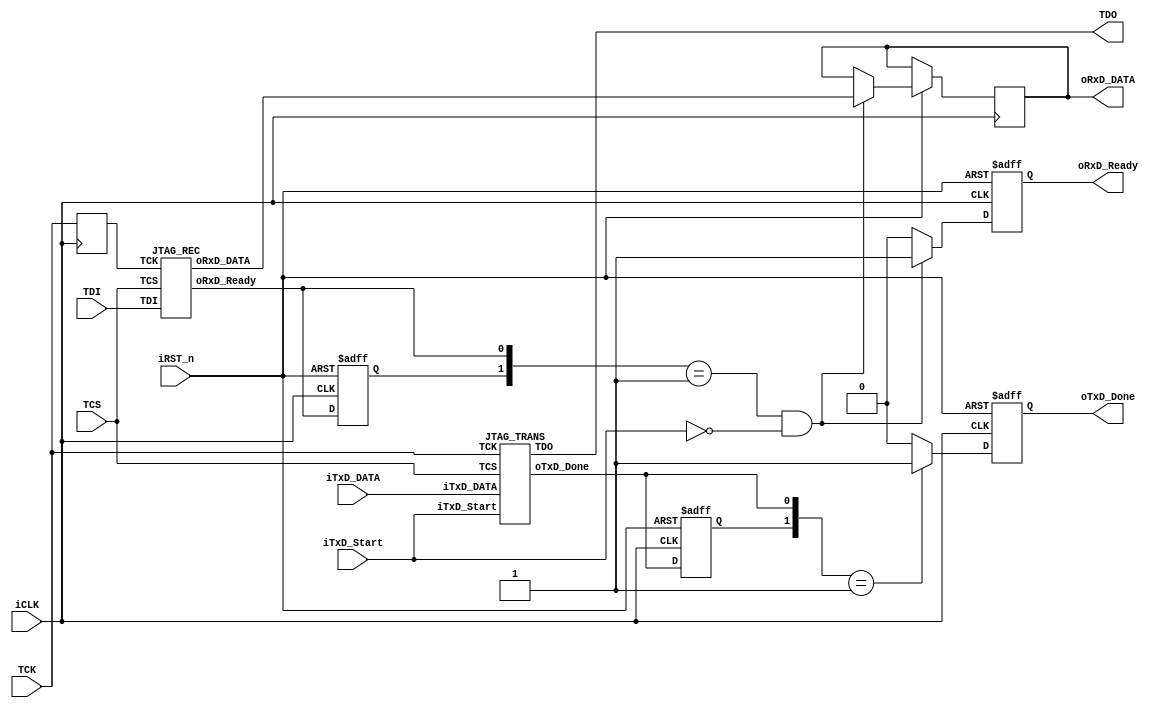
//Legal Notice: (C)2006 Altera Corporation. All rights reserved. Your
//use of Altera Corporation's design tools, logic functions and other
//software and tools, and its AMPP partner logic functions, and any
//output files any of the foregoing (including device programming or
//simulation files), and any associated documentation or information are
//expressly subject to the terms and conditions of the Altera Program
//License Subscription Agreement or other applicable license agreement,
//including, without limitation, that your use is for the sole purpose
//of programming logic devices manufactured by Altera and sold by Altera
//or its authorized distributors.  Please refer to the applicable
//agreement for further details.

module USB_JTAG (   //  HOST
                    iTxD_DATA,oTxD_Done,iTxD_Start,
                    oRxD_DATA,oRxD_Ready,iRST_n,iCLK,
                    //  JTAG
                    TDO,TDI,TCS,TCK );
input [7:0] iTxD_DATA;
input iTxD_Start,iRST_n,iCLK;
output reg [7:0] oRxD_DATA;
output reg oTxD_Done,oRxD_Ready;
input TDI,TCS,TCK;
output TDO;
wire [7:0] mRxD_DATA;
wire mTxD_Done,mRxD_Ready;          
reg Pre_TxD_Done,Pre_RxD_Ready;
reg mTCK;
////////////    JTAG CLK Sync.  ///////////////
always@(posedge iCLK)   mTCK<=TCK;
/////////////////   JTAG Receiver   ///////////////
JTAG_REC    u0  (mRxD_DATA,mRxD_Ready,TDI,TCS,mTCK);
//  JTAG Receiver Sync.
always@(posedge iCLK or negedge iRST_n)
begin
    if(!iRST_n)
    begin
        oRxD_Ready<=0;
        Pre_RxD_Ready<=0;
    end
    else
    begin
        Pre_RxD_Ready<=mRxD_Ready;
        if({Pre_RxD_Ready,mRxD_Ready}==2'b01 && ~iTxD_Start)
        begin
            oRxD_Ready<=1;
            oRxD_DATA<=mRxD_DATA;
        end
        else
            oRxD_Ready<=0;
    end
end
///////////////////////////////////////////////////
/////////////   JTAG Transmitter    ///////////////
JTAG_TRANS  u1  (iTxD_DATA,iTxD_Start,mTxD_Done,TDO,TCK,TCS);
//  JTAG Transmitter Sync.
always@(posedge iCLK or negedge iRST_n)
begin
    if(!iRST_n)
    begin
        oTxD_Done<=0;
        Pre_TxD_Done<=0;
    end
    else
    begin
        Pre_TxD_Done<=mTxD_Done;
        if({Pre_TxD_Done,mTxD_Done}==2'b01)
            oTxD_Done<=1;
        else
            oTxD_Done<=0;
    end
end
///////////////////////////////////////////////////
endmodule


module JTAG_REC (   //  HOST    
                    oRxD_DATA,oRxD_Ready,
                    //  JTAG
                    TDI,TCS,TCK );
input TDI,TCS,TCK;
output reg [7:0] oRxD_DATA;
output reg oRxD_Ready;
reg [7:0] rDATA;
reg [2:0] rCont;
always@(posedge TCK or posedge TCS)
begin
    if(TCS)
    begin
        oRxD_Ready<=0;
        rCont<=0;
    end
    else
    begin
        rCont<=rCont+1'd1;
        rDATA<={TDI,rDATA[7:1]};
        if(rCont==0)
        begin
            oRxD_DATA<={TDI,rDATA[7:1]};
            oRxD_Ready<=1;
        end
        else
            oRxD_Ready<=0;
    end
end     
endmodule


module JTAG_TRANS(  //  HOST
                    iTxD_DATA,iTxD_Start,oTxD_Done,
                    //  JTAG
                    TDO,TCK,TCS );
input [7:0] iTxD_DATA;
input iTxD_Start;
output reg oTxD_Done;
input TCK,TCS;
output reg TDO;
reg [2:0] rCont;
always@(posedge TCK or posedge TCS)
begin
    if(TCS)
    begin
        oTxD_Done<=0;
        rCont<=0;
        TDO<=0;
    end
    else
    begin
        if(iTxD_Start)
        begin
            rCont<=rCont+1'd1;
            TDO<=iTxD_DATA[rCont];
        end
        else
        begin
            rCont<=0;
            TDO<=0;
        end
        if(rCont==7)
        oTxD_Done<=1;
        else
        oTxD_Done<=0;
    end
end

endmodule


// $Id: USB_JTAG.v 294 2008-02-12 20:27:35Z svofski $